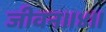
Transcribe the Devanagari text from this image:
जीवन।।४।।